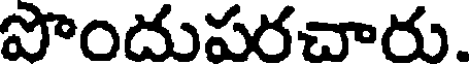
పొందుపరచారు.